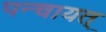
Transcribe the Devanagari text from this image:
पन्चायत्